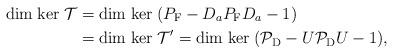
LaTeX: \begin{align*}{\rm dim}\;{\rm ker}\; \mathcal{T}&={\rm dim}\;{\rm ker}\;(P_{\rm F}-D_aP_{\rm F}D_a-1)\\ &={\rm dim}\;{\rm ker}\; \mathcal{T}' ={\rm dim}\;{\rm ker}\;(\mathcal{P}_{\rm D}-U\mathcal{P}_{\rm D}U-1),\end{align*}